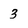
Character: 3